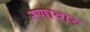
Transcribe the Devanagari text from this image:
रणादार